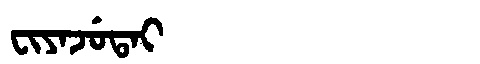
Manchu: ᠸᡳᠶᠠᠵᡠᡨᠠᡳ
Romanization: FIYAJUTAI